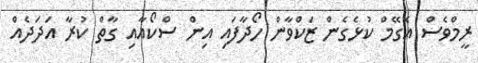
ރީމްވެސް އެގޭމް ކުޅެގެން ޒަކްވާން ހޯދާފައި އިން ސްކޯއާއި ގާތް ކުރާ އަދަދެއް